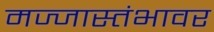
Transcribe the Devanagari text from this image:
मज्जास्तंभावर